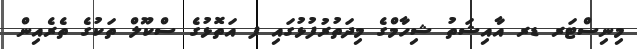
މިނިސްޓަރ ޑރ އާއިޝަތު ޝިހާމްގެ މިދަތުރުފުޅުގައި ފ އަތޮޅުގެ ސްކޫލް ތަކުގެ ތެރެއިން